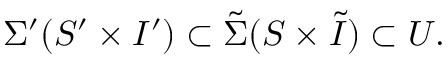
\Sigma ^ { \prime } ( S ^ { \prime } \times I ^ { \prime } ) \subset \tilde { \Sigma } ( S \times \tilde { I } ) \subset U .